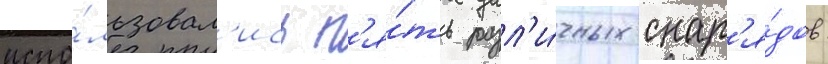
испо́льзовал'ись п'я́ть разл'и́чных снар'я́дов: